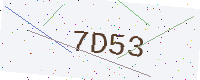
Text: 7D53